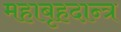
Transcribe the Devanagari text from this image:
महाबृहदान्त्र